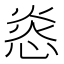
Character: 㥕